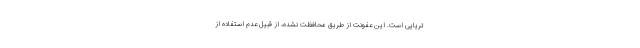
تریایی است. این عفونت از طریق محافظت نشده، از قبیل عدم استفاده از